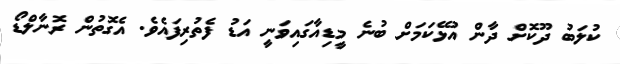
ކުލަބު ދޫކޮށް ދާން އުޅޭކަމަށް ބުނެ މީޑިއާގައިވަނީ އަޑު ފެތުރިފައެވެ. އެގޮތުން ރޮނާލްޑޯ